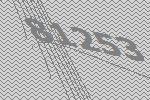
81253